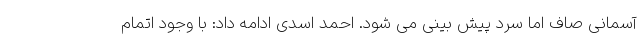
آسمانی صاف اما سرد پیش بینی می شود. احمد اسدی ادامه داد: با وجود اتمام